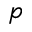
p